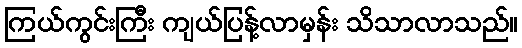
ကြယ်ကွင်းကြီး ကျယ်ပြန့်လာမှန်း သိသာလာသည်။